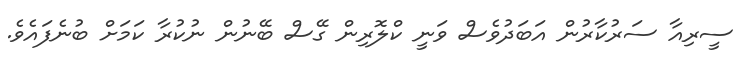
ސީރިއާ ސަރުކާރުން އަބަދުވެސް ވަނީ ކްލޮރިން ގޭސް ބޭނުން ނުކުރާ ކަމަށް ބުނެފައެވެ.